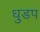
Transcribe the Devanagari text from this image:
धुडप